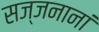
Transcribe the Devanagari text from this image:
सज्जनानां